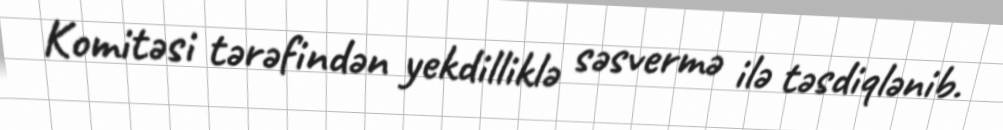
Komitəsi tərəfindən yekdilliklə səsvermə ilə təsdiqlənib.